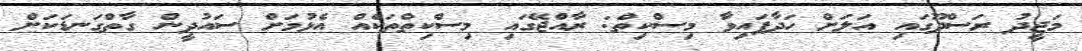
މަޖީދު ރަސްދޫގައި އަލަށް ހަދާފައިވާ މިސްކިތް: ރާއްޖޭގައި މިސްކިތްތަކެއް އެޅުމަށް ސައުދީން ގާތްގަނޑަކަށް